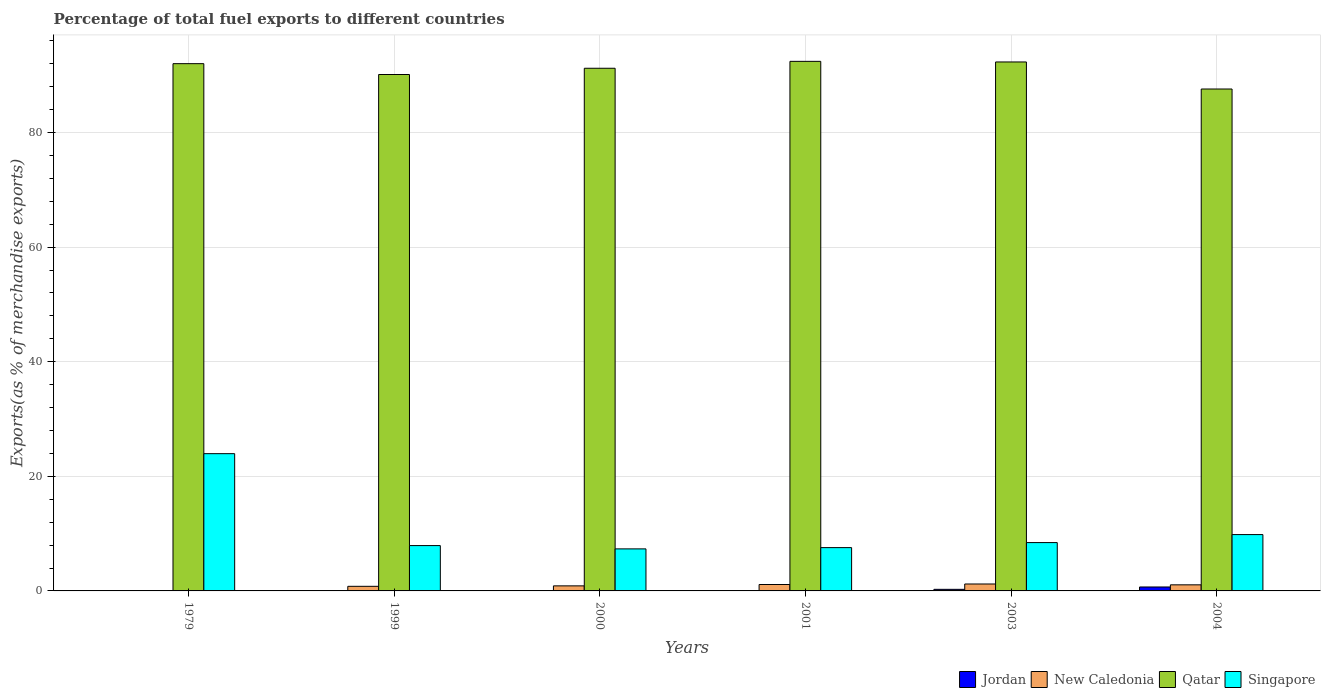
| Years | Jordan | New Caledonia | Qatar | Singapore |
 | --- | --- | --- | --- | --- |
 | 1979 | 0.0128 | 0.03 | 92 | 24 |
 | 1999 | 0.0114 | 0.802 | 90.1 | 7.91 |
 | 2000 | 0.0211 | 0.883 | 91.2 | 7.34 |
 | 2001 | 0.011 | 1.12 | 92.4 | 7.56 |
 | 2003 | 0.278 | 1.21 | 92.3 | 8.44 |
 | 2004 | 0.688 | 1.06 | 87.6 | 9.83 |